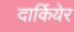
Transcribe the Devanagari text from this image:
दार्कियेर